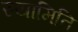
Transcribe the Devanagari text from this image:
स्यामिति